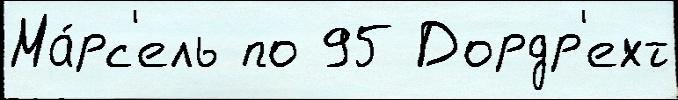
Ма́рс'ель по 95 Дордр'ехт